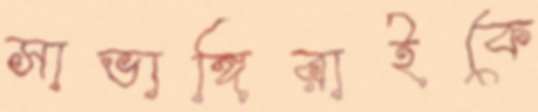
সাভাঙ্গিরাইকে